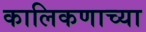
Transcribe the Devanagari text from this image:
कालिकणाच्या